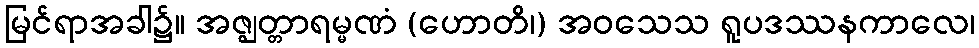
မြင်ရာအခါ၌။ အဇ္ဈတ္တာရမ္မဏံ (ဟောတိ၊) အဝသေသ ရူပဒဿနကာလေ၊